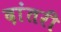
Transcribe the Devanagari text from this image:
दांतरी